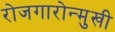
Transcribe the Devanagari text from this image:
रोजगारोन्मुखी